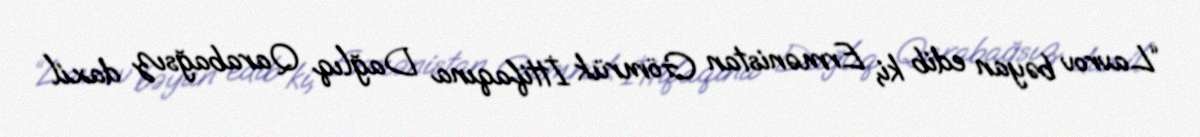
“Lavrov bəyan edib ki, Ermənistan Gömrük İttifaqına Dağlıq Qarabağsız daxil